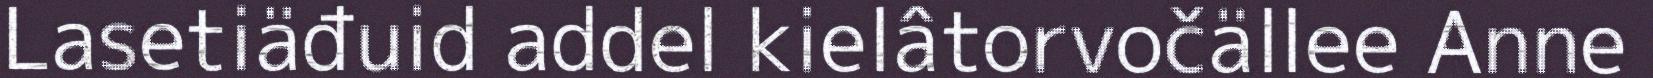
Lasetiäđuid addel kielâtorvočällee Anne